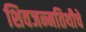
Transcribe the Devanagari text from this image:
शिवजन्मतिथीचे